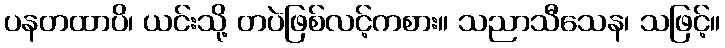
ပနတထာပိ၊ ယင်းသို့ တပဲဖြစ်လင့်ကစား။ သညာသီသေန၊ သဖြင့်။